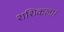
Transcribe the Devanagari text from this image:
शशिकला।